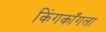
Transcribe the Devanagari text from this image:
किंगकाँगला